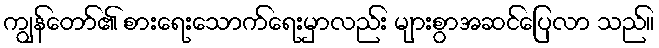
ကျွန်တော်၏ စားရေးသောက်ရေးမှာလည်း များစွာအဆင်ပြေလာ သည်။